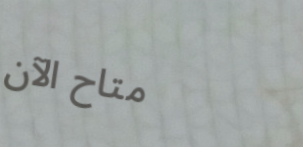
متاح الآن